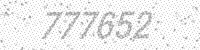
Solution: 777652